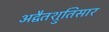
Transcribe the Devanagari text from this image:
अद्वैतश्रुतिसार